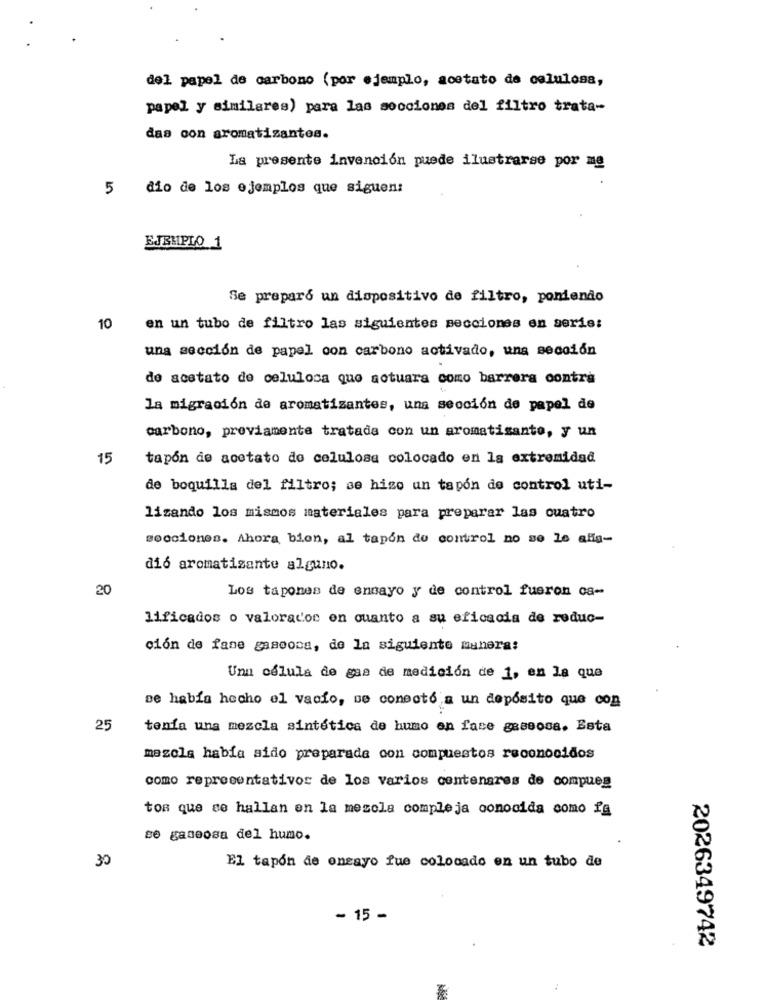
del papel de carbono (por ejemplo, acetato de celulosa,
papel y similares) para las secciones del filtro trata-
das con aromatizantes.
La presente invención puede ilustrarse por me
5 dio de los ejemplos que siguen:
EJEMPLO 1
Se preparó un dispositivo de filtro, poniendo
10
en un tubo de filtro las siguientes secciones en serie:
una sección de papel con carbono activado, una sección
de acetato de celulosa que actuara como barrera contra
la migración de aromatizantes, una sección de papel de
carbono, previamente tratada con un aromatisanto, y un
15
tapón de acetato do celulosa colocado en la extremidad
de boquilla del filtro; se hizo un tapón de control uti-
lizando los mismos materiales para preparar las cuatro
secciones. Ahora bien, al tapon de control no se le alig-
di6 aromatisante alguno.
20
Los tapones de ensayo y de control fueron os-
lificados o valorados en cuanto a su eficacia de reduc-
ción de fame gaseosa, de la siguiente manera:
Unn célula de gas de medición de 1, en la que
se había hecho el vacío, me conectó a un depósito que con
25
tenía una mezcla sintética de humo en fase gaseosa. Esta
mezcla había sido preparado con compuestos reconocidos
como representativos de los varios centenares de compues
toa que se hallan en la mezcla compleja conocida como fg
se gaseosa del humo.
30
El tapón de ensayo fue colocado en un tubo de
- 15 -
2026349742